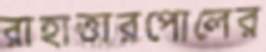
রাহাত্তারপোলের